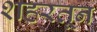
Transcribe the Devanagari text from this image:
शहरतून